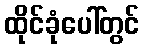
ထိုင်ခုံပေါ်တွင်